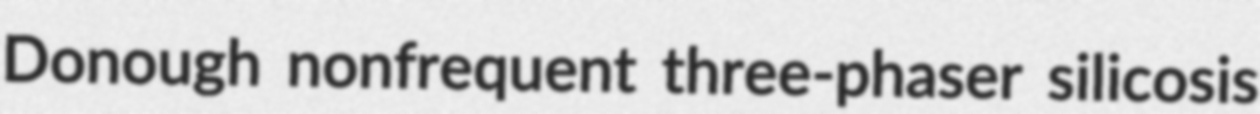
Donough nonfrequent three-phaser silicosis